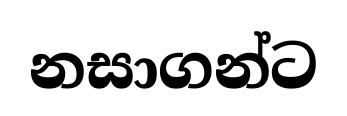
නසාගන්ට